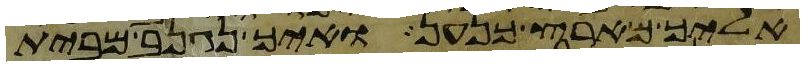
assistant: אליך מארץ כנען ואיך נגנב מבית